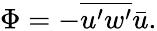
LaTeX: \Phi=-\overline{{u^{\prime}w^{\prime}}}\bar{u}.